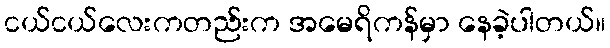
ငယ်ငယ်လေးကတည်းက အမေရိကန်မှာ နေခဲ့ပါတယ်။